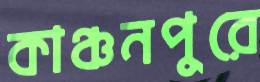
কাঞ্চনপুরে